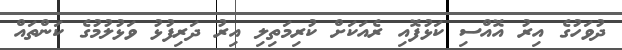
ދުވަހުގެ އިރު އޮއްސި ކަޅުފޮއި ރެއަކަށް ކުރިމަތިލި އިރު ދަރިފުޅު ވަޅުލުމުގެ ކަންތައް